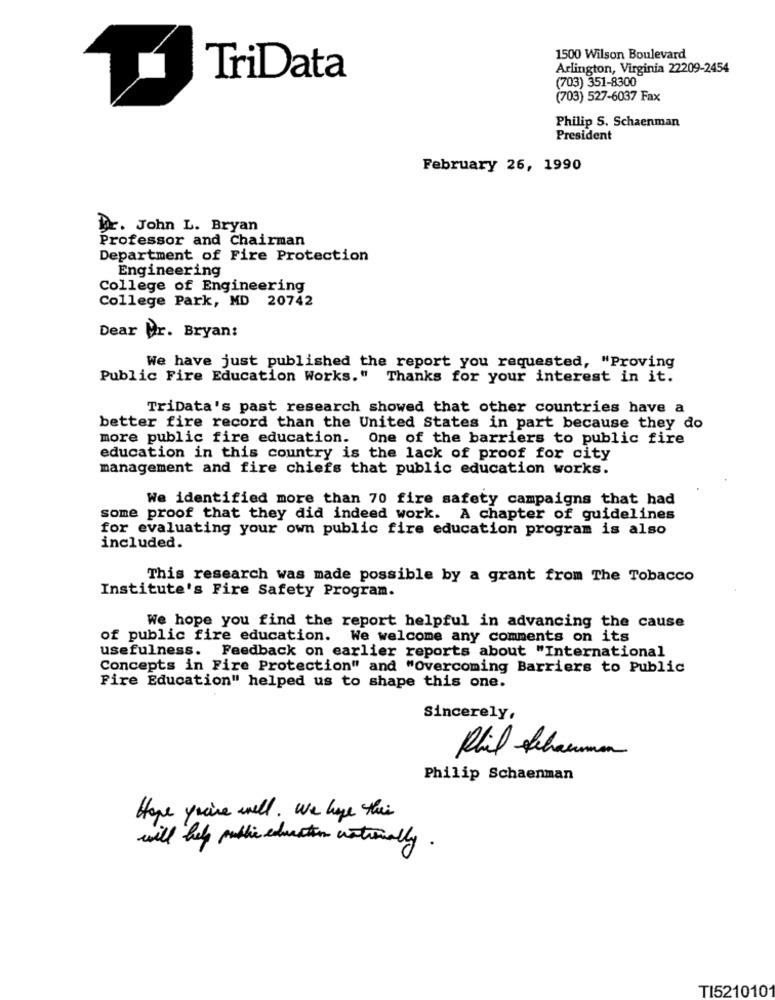
1500 Wilson Boulevard
Arlington, Virginia 22209-2454
TriData
(703) 351-8300
(703) 527-6037 Fax
Philip S. Schaenman
President
February 26, 1990
for. John L. Bryan
Professor and Chairman
Department of Fire Protection
Engineering
College of Engineering
College Park, MD 20742
Dear Mr. Bryan:
We have just published the report you requested, "Proving
Public Fire Education Works." Thanks for your interest in it.
TriData's past research showed that other countries have a
better fire record than the United States in part because they do
more public fire education. One of the barriers to public fire
education in this country is the lack of proof for city
management and fire chiefs that public education works.
We identified more than 70 fire safety campaigns that had
some proof that they did indeed work. A chapter of guidelines
for evaluating your own public fire education program is also
included.
This research was made possible by a grant from The Tobacco
Institute's Fire Safety Program.
We hope you find the report helpful in advancing the cause
of public fire education. We welcome any comments on its
usefulness. Feedback on earlier reports about "International
Concepts in Fire Protection" and "Overcoming Barriers to Public
Fire Education" helped us to shape this one.
Sincerely,
Phil Schaumm
Philip Schaenman
Hope you're well . we have their
will help public education nationally.
TI521010